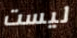
ليست